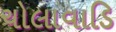
ચોલાવાડિ